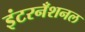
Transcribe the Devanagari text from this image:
इंटरनँशनल